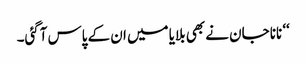
‘‘ نانا جان نے بھی بلایا میں ان کے پاس آگئی۔